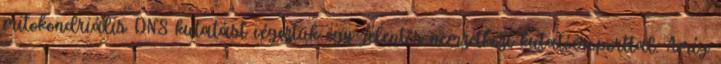
mitokondriális DNS kutatást végeztük egy jelentős nemzetközi kutatócsoporttal. Amíg